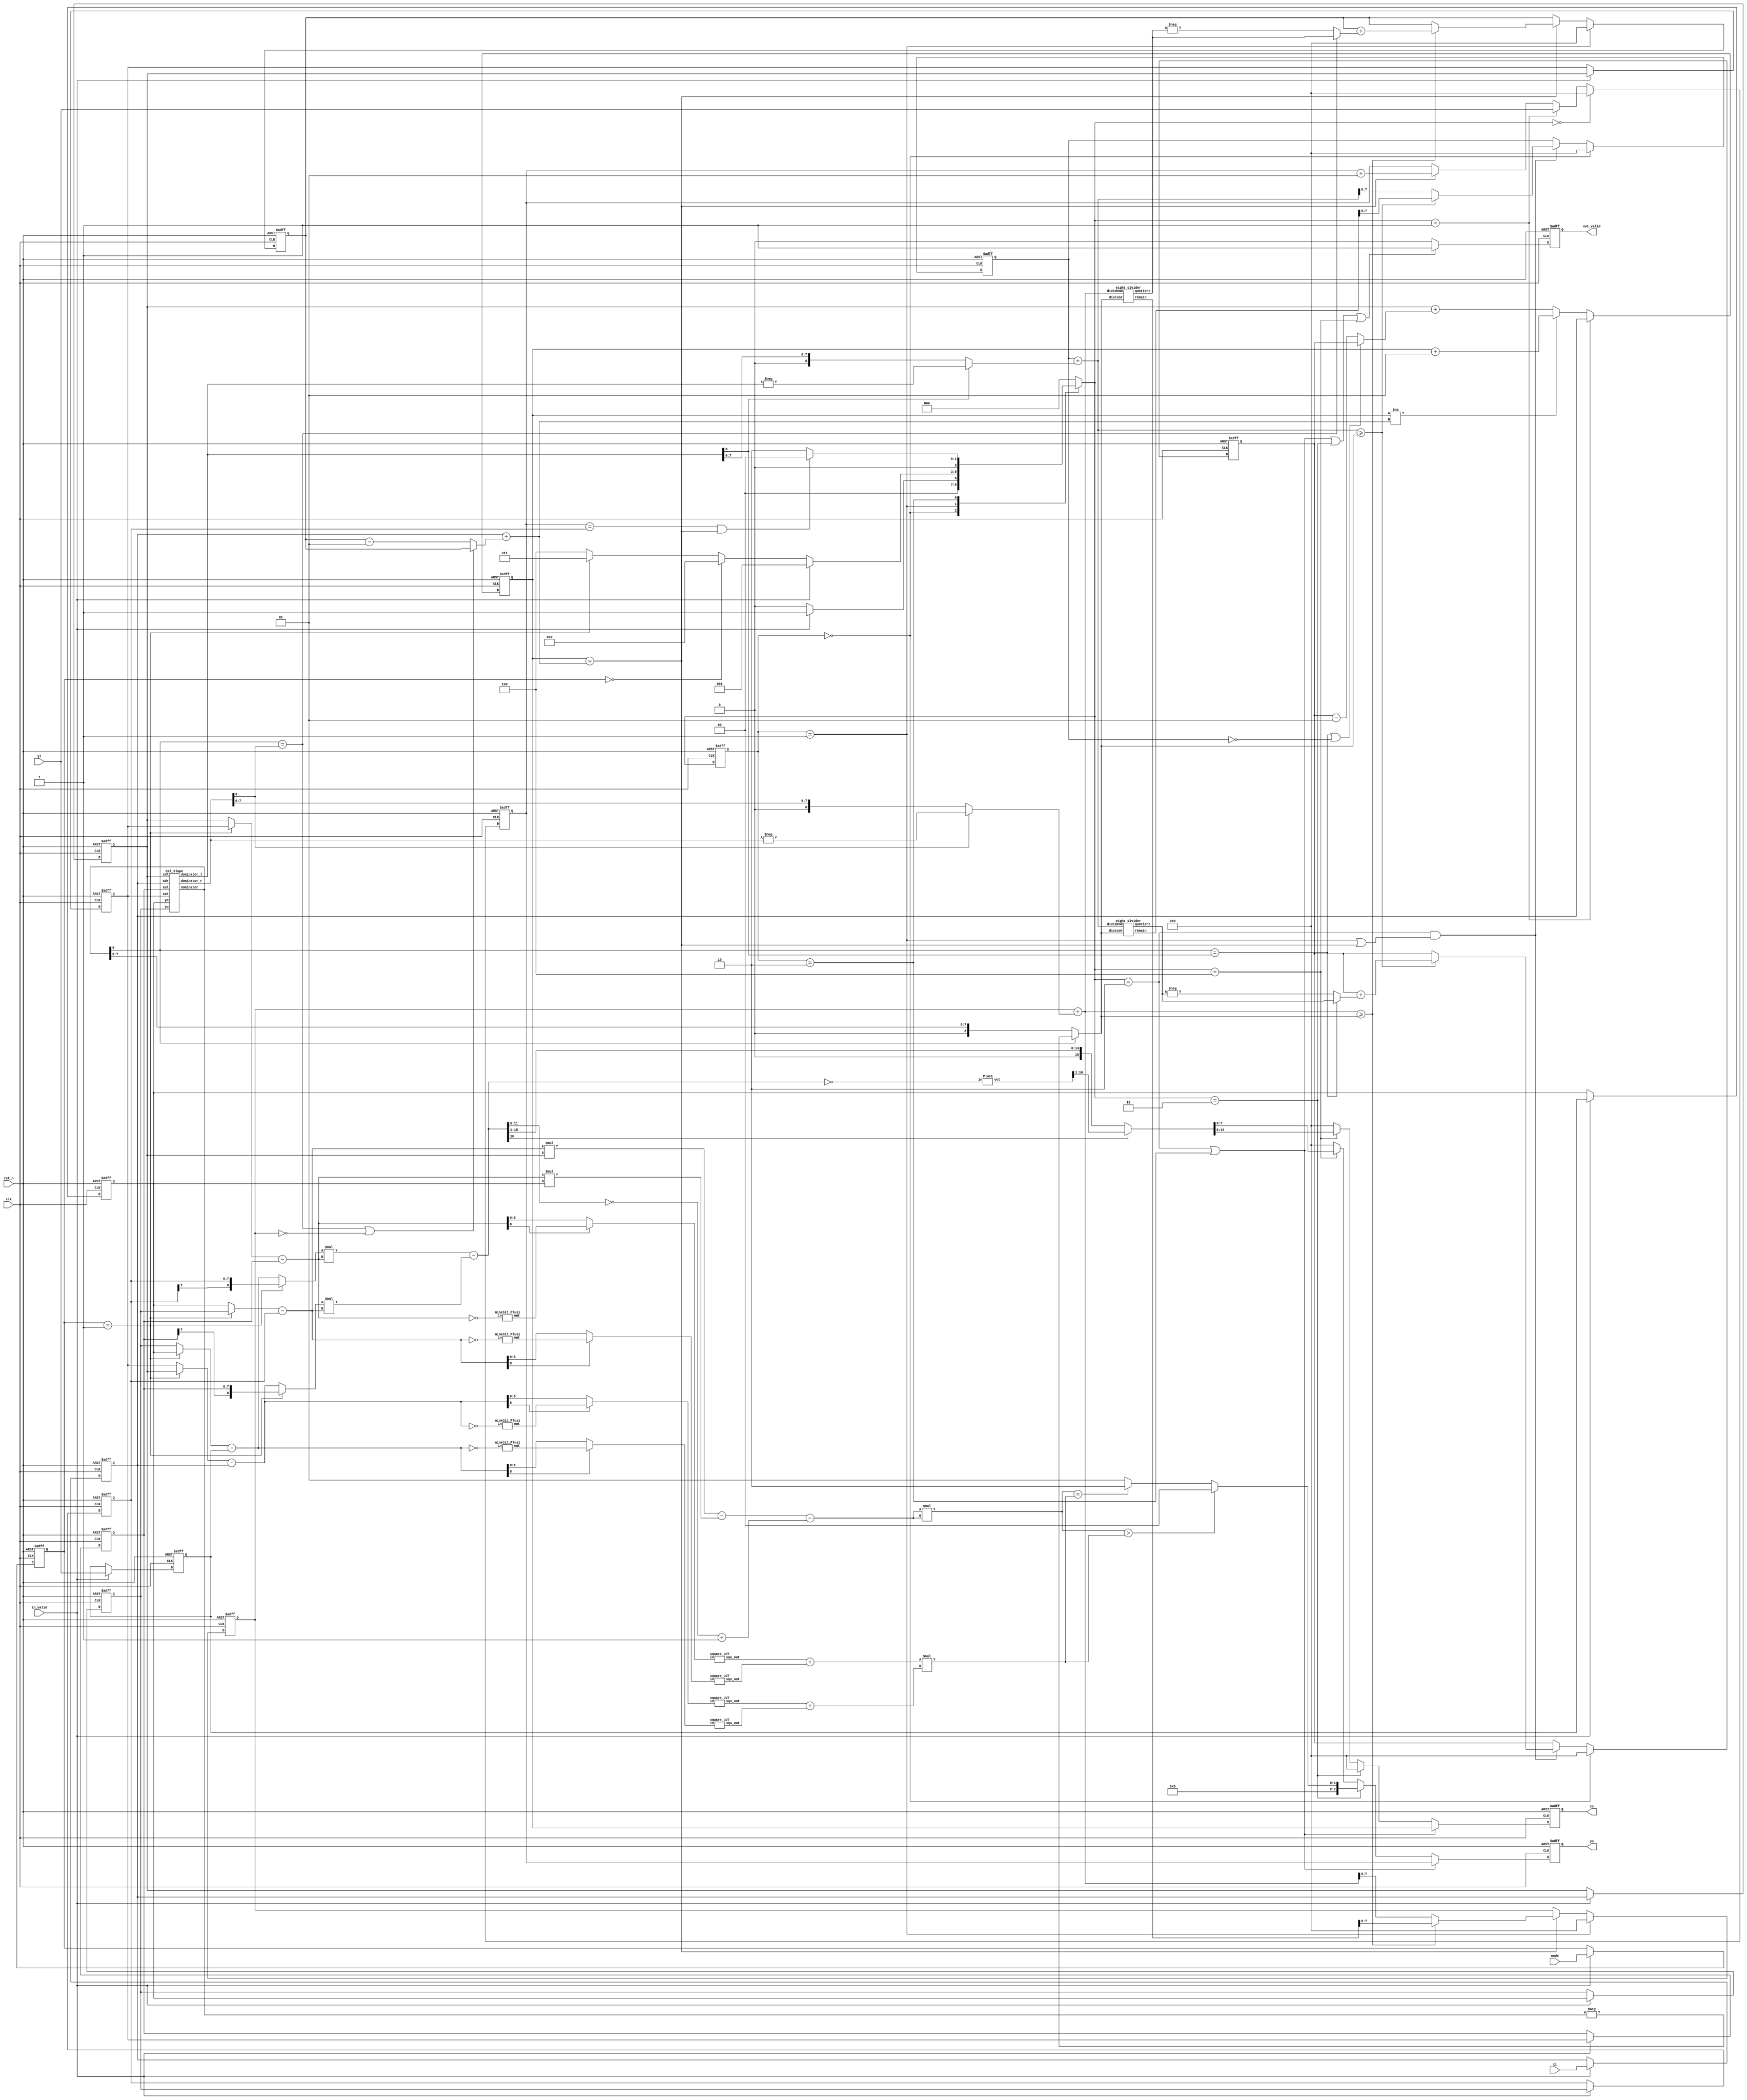
// module CC(
    // //Input Port
    // clk,
    // rst_n,
	// in_valid,
	// mode,
    // xi,
    // yi,

    // //Output Port
    // out_valid,
	// xo,
	// yo
    // );

// input              clk, rst_n, in_valid;
// input       [1:0]   mode;
// input       [7:0]   xi, yi;  

// output reg          out_valid;
// output reg  [7:0]   xo, yo;
// //==============================================//
// //             Parameter and Integer            //
// //==============================================//
// parameter IDLE = 3'd0, INPUT = 3'd1, MODE0 = 3'd2, MODE1 = 3'd3, MODE2 = 3'd4 ;



// //==============================================//
// //            FSM State Declaration             //
// //==============================================//
// reg [2:0] curr_state, next_state ;

// //==============================================//
// //             reg & wire declaration           //
// //==============================================//
// reg signed [7:0] x_input [0:3] ;
// reg signed [7:0] y_input [0:3] ;
// reg [1:0] mode_input ;
// reg signed [8:0] count_row ;
// reg signed [7:0] out_row, out_col ;
 
// wire start_no_remainder, final_no_remainder ;
// wire signed [8:0] nominator, dominator_l, dominator_r ;
// wire signed [8:0] add_start_point1, add_final_point1 ;
// wire signed [8:0] add_start_point, add_final_point ;
// wire signed [7:0] start_point, final_point ;

// //==============================================//
// //             Current State Block              //
// //==============================================//
// always @ (posedge clk or negedge rst_n) begin 
	// if (!rst_n) curr_state <= IDLE ;
	// else curr_state <= next_state ;
// end


// //==============================================//
// //              Next State Block                //
// //==============================================//
// always @ (*) begin 
	// case (curr_state)
		// IDLE : next_state = (in_valid) ? INPUT : IDLE ; 
		
		// INPUT: begin 
			// if (in_valid) next_state = INPUT ;
			// else if (mode_input == 0) next_state = MODE0 ;
			// else if (mode_input == 1) next_state = MODE1 ;
			// else next_state = MODE2 ;
		// end
		// MODE0: begin 
			// if (out_row == y_input[3] && out_col == final_point) next_state = IDLE ;
			// else next_state = MODE0 ;
		// end
		// MODE1: begin
			// next_state = IDLE ;
		// end
		// MODE2 : begin 
			// next_state = IDLE ;
		// end
		// default : next_state = IDLE ;
	// endcase 
// end

// //==============================================//
// //                  Input Block                 //
// //==============================================//

// // x_input[0:3] => xdr, xdl, xur, xul / d1, c1, b1, a1
// // y_input[0:3] => yd, yd, yu, yu     / d2, c2, b2, a2
// always @ (posedge  clk or negedge rst_n) begin 
	// if (!rst_n) begin 
		// x_input[0] <= 0 ;
		// y_input[0] <= 0 ;
		// x_input[1] <= 0 ;
		// y_input[1] <= 0 ;
		// x_input[2] <= 0 ;
		// y_input[2] <= 0 ;
		// x_input[3] <= 0 ;
		// y_input[3] <= 0 ;
		// mode_input <= 0 ;
	// end
	// else if (in_valid) begin 
		// x_input[0] <= xi ;
		// y_input[0] <= yi ;
		// x_input[1] <= x_input[0] ;
		// y_input[1] <= y_input[0] ;
		// x_input[2] <= x_input[1] ;
		// y_input[2] <= y_input[1] ;
		// x_input[3] <= x_input[2] ;
		// y_input[3] <= y_input[2] ;
		// mode_input <= mode ;
	// end
	// else begin 
		// x_input[0] <= x_input[0] ;
		// y_input[0] <= y_input[0] ;
		// x_input[1] <= x_input[1] ;
		// y_input[1] <= y_input[1] ;
		// x_input[2] <= x_input[2] ;
		// y_input[2] <= y_input[2] ;
		// x_input[3] <= x_input[3] ;
		// y_input[3] <= y_input[3] ;
		// mode_input <= mode_input ;
	// end
// end

// //==============================================//
// //              Calculation Block1              //
// //==============================================//
// always @ (posedge clk or negedge rst_n) begin 
	// if (!rst_n) count_row <= 0 ;
	// else if ( next_state == IDLE) count_row <= 0 ;
	// else if (out_col == final_point) count_row <= count_row + 1 ;
	// else count_row <= count_row ;
// end

// always @ (posedge clk or negedge rst_n) begin 
	// if (!rst_n) out_row <= 0 ;
	// else if ( next_state == IDLE) out_row <= 0 ;
	// else if (next_state == INPUT) out_row <= yi ; // initial start row to bottom 
	// else if (out_col == final_point) out_row <= out_row + 1 ;
	// else out_row <= out_row ;
// end

// always @ (posedge clk or negedge rst_n) begin 
	// if (!rst_n) out_col <= 0 ;
	// else if (next_state == INPUT || next_state == IDLE) out_col <= 0 ;
	// else if (curr_state == INPUT) out_col <= x_input[1] ;
	// else if (out_col != final_point) out_col <= out_col + 1 ;
	// else out_col <= start_point ;
// end

// Cal_Slope   c0 (x_input[3], x_input[1], x_input[2], x_input[0], y_input[2], y_input[1], nominator, dominator_r, dominator_l) ;
// row_slope   r0 (nominator, dominator_l, (count_row + 9'd1), add_start_point1, start_no_remainder) ;
// row_slope   r1 (nominator, dominator_r, count_row, add_final_point1, final_no_remainder) ;
// assign add_start_point = (nominator[8] == dominator_l[8] || start_no_remainder) ? add_start_point1 : add_start_point1 - 1 ;
// assign add_final_point = (nominator[8] == dominator_r[8] || final_no_remainder) ? add_final_point1 : add_final_point1 - 1 ;
// assign start_point = x_input[1] + add_start_point ;
// assign final_point = x_input[0] + add_final_point ;


// //==============================================//
// //              Calculation Block2              //
// //==============================================//

// wire signed [8:0] a1_minus, a2_minus ;
// wire signed [7:0] a1_target, a2_target ;
// wire signed [7:0] mux_out1, mux_out2 ;
// wire signed [8:0] b2_minus_d2, b1_minus_d1 ;
// wire signed [8:0] multi_target1, multi_target2 ;
// wire signed [7:0] twos_comple ;
// wire signed [16:0] multi_result1, multi_result2 ;
// wire signed [16:0] add_result ;
// wire signed [15:0] final_result ;
// wire signed [11:0] poly_c ; 
// wire signed [15:0] square_c1_minus_d1, square_c2_minus_d2 ;
// wire signed [15:0] square_a, square_b ;
// wire signed [15:0] dominator ;
// wire signed [30:0] dominator_squ ;
// wire signed [30:0] compare ;

// assign a1_target = (mode_input == 1) ? x_input[2] : x_input[1] ;
// assign a2_target = (mode_input == 1) ? y_input[2] : y_input[1] ;
// assign a1_minus = a1_target - x_input[3] ;
// assign a2_minus = a2_target - y_input[3] ;
// assign mux_out1 = (mode_input == 1) ? y_input[1] : y_input[2] ;
// assign mux_out2 = (mode_input == 1) ? x_input[1] : x_input[2] ;
// assign b2_minus_d2 = mux_out1 - y_input[0] ;
// assign b1_minus_d1 = mux_out2 - x_input[0] ;
// assign multi_target1 = (mode_input == 1) ? y_input[3] : b2_minus_d2 ;
// assign multi_target2 = (mode_input == 1) ? x_input[3] : b1_minus_d1 ;
// assign multi_result1 = multi_target1 * a1_minus ;
// assign multi_result2 = multi_target2 * a2_minus ;
// assign add_result = multi_result1 - multi_result2 ;
// assign final_result = (add_result[16] == 1) ? (~(add_result) + 1) >> 1 : add_result >> 1 ;
// assign poly_c = ~(add_result[11:0]) + 1 ;
// // square_LUT s0 (.in(b2_minus_d2), .squ_out(square_c2_minus_d2)) ;
// // square_LUT s1 (.in(b1_minus_d1), .squ_out(square_c1_minus_d1)) ;
// // square_LUT s2 (.in(a1_minus), .squ_out(square_a)) ;
// // square_LUT s3 (.in(a2_minus), .squ_out(square_b)) ;
// assign square_c2_minus_d2 = b2_minus_d2 * b2_minus_d2 ;
// assign square_c1_minus_d1 = b1_minus_d1 * b1_minus_d1 ;
// assign square_a = a1_minus * a1_minus ;
// assign square_b = a2_minus * a2_minus ;
// assign dominator = (a2_minus * x_input[1]) - (a1_minus * y_input[1]) - poly_c ;
// assign dominator_squ = dominator * dominator ;
// assign compare = (square_a + square_b) * (square_c1_minus_d1 + square_c2_minus_d2) ;


// //==============================================//
// //              Calculation Block3              //
// //==============================================//





// //==============================================//
// //                Output Block                  //
// //==============================================//

// always @ (posedge clk or negedge rst_n) begin 
	// if (!rst_n) out_valid <= 0 ;
	// else if (curr_state == MODE0 || next_state == MODE1 || next_state == MODE2) out_valid <= 1 ;
	// else out_valid <= 0 ;
// end

// always @ (posedge clk or negedge rst_n) begin 
	// if (!rst_n) begin 
		// xo <= 0 ;
		// yo <= 0 ;
	// end
	// else if (curr_state == MODE0) begin 
		// xo <= out_col ;
		// yo <= out_row ;
	// end
	// else if (next_state == MODE1) begin
		// if (dominator_squ > compare) begin 
			// xo <= 0 ;
			// yo <= 0 ;
		// end
		// else if (dominator_squ == compare) begin 
			// xo <= 0 ;
			// yo <= 2 ;
		// end
		// else begin 
			// xo <= 0 ;
			// yo <= 1 ;
		// end
	// end
	// else if (next_state == MODE2) begin 
		// xo <= final_result[15:8] ;
		// yo <= final_result[7:0] ;
	// end
	// else begin 
		// xo <= 0 ;
		// yo <= 0 ;
	// end
// end

// endmodule 


// module Cal_Slope (xul, xdl, xur, xdr, yu, yd, nominator, dominator_r, dominator_l) ;

// input  signed [7:0] xul, xdl, xur, xdr, yu, yd ;
// output signed [8:0] nominator, dominator_l, dominator_r ;

// assign nominator = yd - yu ;
// assign dominator_l =  xdl - xul ;
// assign dominator_r = xdr - xur ;

// endmodule

// module row_slope (nominator, dominator, row_count, add_point, no_remainder) ;

// input  signed [8:0] nominator, dominator ;
// input  signed [8:0] row_count ;
// output signed [8:0] add_point ;
// output no_remainder ;

// wire signed [18:0] temp ;

// assign temp = (dominator * row_count) ;
// assign add_point = temp / nominator ;
// assign no_remainder = (temp % nominator == 0) ? 1 : 0 ; 

// endmodule

// module square_LUT (in, squ_out) ;

// input  signed [7:0] in ;
// output reg [15:0] squ_out ;

// always @ (*) begin 
	// case (in)
		// -8'd1, 8'd1 : squ_out= 1 ;
		// -8'd2, 8'd2 : squ_out = 4 ; 
		// -8'd3, 8'd3 : squ_out= 9 ;
		// -8'd4, 8'd4 : squ_out = 16 ;
		// -8'd5, 8'd5 : squ_out= 25 ;
		// -8'd6, 8'd6 : squ_out = 36 ;
		// -8'd7, 8'd7 : squ_out= 49 ;
		// -8'd8, 8'd8 : squ_out = 64 ;
		// -8'd9, 8'd9 : squ_out= 81 ;
		// -8'd10, 8'd10 : squ_out = 100 ;
		// -8'd11, 8'd11 : squ_out= 121 ;
		// -8'd12, 8'd12 : squ_out = 144 ;
		// -8'd13, 8'd13 : squ_out= 169 ;
		// -8'd14, 8'd14 : squ_out = 196 ;
		// -8'd15, 8'd15 : squ_out= 225 ;
		// -8'd16, 8'd16 : squ_out = 256 ;
		// -8'd17, 8'd17 : squ_out= 289 ;
		// -8'd18, 8'd18 : squ_out = 324 ;
		// -8'd19, 8'd19 : squ_out = 361 ;
		// -8'd20, 8'd20 : squ_out = 400 ;
		// -8'd21, 8'd21 : squ_out= 441 ;
		// -8'd22, 8'd22 : squ_out = 484 ;
		// -8'd23, 8'd23 : squ_out= 529 ;
		// -8'd24, 8'd24 : squ_out = 576 ;
		// -8'd25, 8'd25 : squ_out= 625 ;
		// -8'd26, 8'd26 : squ_out = 676 ;
		// -8'd27, 8'd27 : squ_out= 729 ;
		// -8'd28, 8'd28 : squ_out = 784 ;
		// -8'd29, 8'd29 : squ_out = 841 ;
		// -8'd30, 8'd30 : squ_out = 900 ;
		// -8'd31, 8'd31 : squ_out= 961 ;
		// -8'd32, 8'd32 : squ_out = 1024 ;
		// -8'd33, 8'd33 : squ_out= 1089 ;
		// -8'd34, 8'd34 : squ_out = 1156 ;
		// -8'd35, 8'd35 : squ_out= 1225 ;
		// -8'd36, 8'd36 : squ_out = 1296 ;
		// -8'd37, 8'd37 : squ_out= 1369 ;
		// -8'd38, 8'd38 : squ_out = 1444 ;
		// -8'd39, 8'd39 : squ_out = 1521 ;
		// -8'd40, 8'd40 : squ_out = 1600 ;
		// -8'd41, 8'd41 : squ_out= 1681 ;
		// -8'd42, 8'd42 : squ_out = 1764 ;
		// -8'd43, 8'd43 : squ_out= 1849 ;
		// -8'd44, 8'd44 : squ_out = 1936 ;
		// -8'd45, 8'd45 : squ_out= 2025 ;
		// -8'd46, 8'd46 : squ_out = 2116 ;
		// -8'd47, 8'd47 : squ_out= 2209 ;
		// -8'd48, 8'd48 : squ_out = 2304 ;
		// -8'd49, 8'd49 : squ_out = 2401 ;
		// default : squ_out = 0 ;
	// endcase
// end



// endmodule
















module CC(
    //Input Port
    clk,
    rst_n,
	in_valid,
	mode,
    xi,
    yi,

    //Output Port
    out_valid,
	xo,
	yo
    );

input              clk, rst_n, in_valid;
input       [1:0]   mode;
input       [7:0]   xi, yi;  

output reg          out_valid;
output reg  [7:0]   xo, yo;
//==============================================//
//             Parameter and Integer            //
//==============================================//
parameter IDLE = 3'd0, INPUT = 3'd1, MODE0 = 3'd2, MODE1 = 3'd3, MODE2 = 3'd4 ;



//==============================================//
//            FSM State Declaration             //
//==============================================//
reg [2:0] curr_state, next_state ;

//==============================================//
//             reg & wire declaration           //
//==============================================//
reg [1:0] mode_input ;
reg signed [7:0] x_input [0:3] ;
reg signed [7:0] y_input [0:3] ;
reg signed [7:0] start_count_row, final_count_row ;
reg signed [7:0] out_row, out_col ;

wire start_no_remainder, final_no_remainder ;
wire [8:0] pos_nominator, pos_dominator_l, pos_dominator_r ;
wire signed [8:0] nominator, dominator_l, dominator_r ;
reg  signed [7:0] add_start_point1, add_final_point1 ;
wire signed [7:0] temp_add_start_point, temp_add_final_point ;
wire signed [7:0] add_start_point, add_final_point ;
wire signed [7:0] start_point, final_point ;
wire signed [8:0] temp_ans1, temp_ans2 ;
wire signed [7:0] temp_ans3, temp_ans4 ;
wire signed [8:0] update_value_l, update_value_r ;
wire signed [8:0] remain_l, remain_r ;

//==============================================//
//             Current State Block              //
//==============================================//
always @ (posedge clk or negedge rst_n) begin 
	if (!rst_n) curr_state <= IDLE ;
	else curr_state <= next_state ;
end


//==============================================//
//              Next State Block                //
//==============================================//
always @ (*) begin 
	case (curr_state)
		IDLE : next_state = (in_valid) ? INPUT : IDLE ; 
		
		INPUT: begin 
			if (in_valid) next_state = INPUT ;
			else if (mode_input == 0) next_state = MODE0 ;
			else if (mode_input == 1) next_state = MODE1 ;
			else next_state = MODE2 ;
		end
		MODE0: begin 
			if (out_row == y_input[3] && out_col == final_point) next_state = IDLE ;
			else next_state = MODE0 ;
		end
		MODE1: begin
			next_state = IDLE ;
		end
		MODE2 : begin 
			next_state = IDLE ;
		end
		default : next_state = IDLE ;
	endcase 
end

//==============================================//
//                  Input Block                 //
//==============================================//

// x_input[0:3] => xdr, xdl, xur, xul / d1, c1, b1, a1
// y_input[0:3] => yd, yd, yu, yu     / d2, c2, b2, a2
always @ (posedge  clk or negedge rst_n) begin 
	if (!rst_n) begin 
		x_input[0] <= 0 ;
		y_input[0] <= 0 ;
		x_input[1] <= 0 ;
		y_input[1] <= 0 ;
		x_input[2] <= 0 ;
		y_input[2] <= 0 ;
		x_input[3] <= 0 ;
		y_input[3] <= 0 ;
		mode_input <= 0 ;
	end
	else if (in_valid) begin 
		x_input[0] <= xi ;
		y_input[0] <= yi ;
		x_input[1] <= x_input[0] ;
		y_input[1] <= y_input[0] ;
		x_input[2] <= x_input[1] ;
		y_input[2] <= y_input[1] ;
		x_input[3] <= x_input[2] ;
		y_input[3] <= y_input[2] ;
		mode_input <= mode ;
	end
	else begin 
		x_input[0] <= x_input[0] ;
		y_input[0] <= y_input[0] ;
		x_input[1] <= x_input[1] ;
		y_input[1] <= y_input[1] ;
		x_input[2] <= x_input[2] ;
		y_input[2] <= y_input[2] ;
		x_input[3] <= x_input[3] ;
		y_input[3] <= y_input[3] ;
		mode_input <= mode_input ;
	end
end

//==============================================//
//              Calculation Block1              //
//==============================================//
always @ (posedge clk or negedge rst_n) begin 
	if (!rst_n) start_count_row <= 0 ;
	else if (curr_state == IDLE) begin 
		start_count_row <= 0 ;
	end
	else if ((next_state == MODE0 && (curr_state == INPUT || out_col == final_point))) begin 
		if ((start_count_row + pos_dominator_l) >= pos_nominator) start_count_row <= remain_l ;
		else start_count_row <= start_count_row + pos_dominator_l ;
	end
	else begin 
		start_count_row <= start_count_row ;
	end
end

always @ (posedge clk or negedge rst_n) begin 
	if (!rst_n) final_count_row <= 0 ;
	else if (curr_state == INPUT) final_count_row <= 0 ;
	else if (out_col == final_point) begin 
		if ((final_count_row + pos_dominator_r) >= pos_nominator ) final_count_row <= remain_r ;
		else final_count_row <= final_count_row + pos_dominator_r ;
	end
	else begin 
		final_count_row <= final_count_row ;
	end
end

always @ (posedge clk or negedge rst_n) begin
	if (!rst_n) add_start_point1 <= 0 ;
	else if (curr_state == IDLE) begin 
		add_start_point1 <= 0 ;
	end
	else if ((next_state == MODE0 && (curr_state == INPUT || out_col == final_point))) begin 
		if ((start_count_row + pos_dominator_l) >= pos_nominator) begin 
			add_start_point1 <= add_start_point1 + update_value_l ;
		end
		else add_start_point1 <= add_start_point1 ;
	end
	else add_start_point1 <= add_start_point1 ; 
end

always @ (posedge clk or negedge rst_n) begin 
	if (!rst_n) add_final_point1 <= 0 ;
	else if (curr_state == INPUT) add_final_point1 <= 0 ; 
	else if (out_col == final_point) begin 
		if ((final_count_row + pos_dominator_r) >= pos_nominator ) begin 
			add_final_point1 <= add_final_point1 + update_value_r ;
		end
		else add_final_point1 <= add_final_point1 ;
	end
	else add_final_point1 <= add_final_point1 ;
end


always @ (posedge clk or negedge rst_n) begin 
	if (!rst_n) out_row <= 0 ;
	else if ( next_state == IDLE) out_row <= 0 ;
	else if (next_state == INPUT) out_row <= yi ; // initial start row to bottom 
	else if (out_col == final_point) out_row <= out_row + 1 ;
	else out_row <= out_row ;
end

always @ (posedge clk or negedge rst_n) begin 
	if (!rst_n) out_col <= 0 ;
	else if (next_state == INPUT) out_col <= x_input[0] ;
	else if (out_col != final_point) out_col <= out_col + 1 ;
	else out_col <= start_point ;
end

Cal_Slope   c0 (x_input[3], x_input[1], x_input[2], x_input[0], y_input[2], y_input[1], nominator, dominator_r, dominator_l) ;
assign pos_nominator = (nominator[8] == 1) ? -nominator : nominator ;
assign pos_dominator_l = (dominator_l[8] == 1) ? -dominator_l : dominator_l ;
assign pos_dominator_r = (dominator_r[8] == 1) ? -dominator_r : dominator_r ;
assign temp_ans1  = (start_count_row + pos_dominator_l) ;
assign temp_ans2  = (final_count_row + pos_dominator_r) ;
eight_divider e0 (.dividend(temp_ans1), .divisor(pos_nominator), .quotient(temp_ans3), .remain(remain_l)) ;
eight_divider e1 (.dividend(temp_ans2), .divisor(pos_nominator), .quotient(temp_ans4), .remain(remain_r)) ;
// assign temp_ans3 = temp_ans1 / pos_nominator ;
// assign temp_ans4 = temp_ans2 / pos_nominator ;
assign update_value_l  = (nominator[8] == dominator_l[8]) ? temp_ans3 : -temp_ans3 ;
assign update_value_r  = (nominator[8] == dominator_r[8]) ? temp_ans4 : -temp_ans4 ;

assign add_start_point = (nominator[8] == dominator_l[8] | start_count_row == 0) ? add_start_point1 : add_start_point1 - 1 ;
assign add_final_point = (nominator[8] == dominator_r[8] | final_count_row == 0) ? add_final_point1 : add_final_point1 - 1 ;
assign start_point = x_input[1] + add_start_point ;
assign final_point = x_input[0] + add_final_point ;


//==============================================//
//         Calculation Block2 & Block3          //
//==============================================//

wire signed [8:0] a1_minus, a2_minus ;
wire signed [7:0] a1_target, a2_target ;
wire signed [7:0] mux_out1, mux_out2 ;
wire signed [8:0] b2_minus_d2, b1_minus_d1 ;
wire signed [8:0] multi_target1, multi_target2 ;
wire signed [16:0] multi_result1, multi_result2 ;
wire signed [16:0] add_result ;
wire signed [16:0] final_result ;
wire signed [11:0] poly_c ; 
wire signed [12:0] square_c1_minus_d1, square_c2_minus_d2 ;
wire signed [12:0] square_a, square_b ;
wire signed [12:0] dominator ;
wire signed [24:0] dominator_squ ;
wire signed [24:0] compare ;
wire signed [16:0] temp_add ;
wire [5:0] temp_add1, temp_add2, temp_add3, temp_add4 ;

wire [5:0] pos_b2_minus_d2, pos_b1_minus_d1 ;
wire [5:0] pos_a1_minus, pos_a2_minus ;


assign a1_target = (mode_input == 1) ? x_input[2] : x_input[1] ;
assign a2_target = (mode_input == 1) ? y_input[2] : y_input[1] ;
assign a1_minus = a1_target - x_input[3] ;
assign a2_minus = a2_target - y_input[3] ;
assign mux_out1 = (mode_input == 1) ? y_input[1] : y_input[2] ;
assign mux_out2 = (mode_input == 1) ? x_input[1] : x_input[2] ;
assign b2_minus_d2 = mux_out1 - y_input[0] ;
assign b1_minus_d1 = mux_out2 - x_input[0] ;
assign multi_target1 = (mode_input == 1) ? y_input[3] : b2_minus_d2 ;
assign multi_target2 = (mode_input == 1) ? x_input[3] : b1_minus_d1 ;
assign multi_result1 = multi_target1 * a1_minus ;
assign multi_result2 = multi_target2 * a2_minus ;
assign add_result = multi_result1 - multi_result2 ;
Plus1 p0 (.in(~(add_result)), .out(temp_add)) ;
assign final_result = (add_result[16] == 1) ? temp_add[16:1] : add_result >> 1 ;
assign poly_c = ~(add_result[11:0]) + 1 ;

ninebit_Plus1 n0 (.in(~(a1_minus)), .out(temp_add1)) ;
ninebit_Plus1 n1 (.in(~(a2_minus)), .out(temp_add2)) ;
ninebit_Plus1 n2 (.in(~(b1_minus_d1)), .out(temp_add3)) ;
ninebit_Plus1 n3 (.in(~(b2_minus_d2)), .out(temp_add4)) ;
assign pos_a1_minus = (a1_minus[8] == 1) ? temp_add1 : a1_minus ;
assign pos_a2_minus = (a2_minus[8] == 1) ? temp_add2 : a2_minus ;
assign pos_b1_minus_d1 = (b1_minus_d1[8] == 1) ? temp_add3 : b1_minus_d1 ;
assign pos_b2_minus_d2 = (b2_minus_d2[8] == 1) ? temp_add4 : b2_minus_d2 ;
square_LUT s0 (.in(pos_b2_minus_d2), .squ_out(square_c2_minus_d2)) ;
square_LUT s1 (.in(pos_b1_minus_d1), .squ_out(square_c1_minus_d1)) ;
square_LUT s2 (.in(pos_a1_minus), .squ_out(square_a)) ;
square_LUT s3 (.in(pos_a2_minus), .squ_out(square_b)) ;
// assign square_c2_minus_d2 = pos_b2_minus_d2 * pos_b2_minus_d2 ;
// assign square_c1_minus_d1 = pos_b1_minus_d1 * pos_b1_minus_d1 ;
// assign square_a = pos_a1_minus * pos_a1_minus ;
// assign square_b = pos_a2_minus * pos_a2_minus ;
assign dominator = (a2_minus * x_input[1]) - (a1_minus * y_input[1]) - poly_c ;
assign dominator_squ = dominator * dominator ;
assign compare = (square_a + square_b) * (square_c1_minus_d1 + square_c2_minus_d2) ;

//==============================================//
//                Output Block                  //
//==============================================//

always @ (posedge clk or negedge rst_n) begin 
	if (!rst_n) out_valid <= 0 ;
	else if (next_state == MODE0 || curr_state == MODE0 || next_state == MODE1 || next_state == MODE2) out_valid <= 1 ;
	else out_valid <= 0 ;
end

always @ (posedge clk or negedge rst_n) begin 
	if (!rst_n) begin 
		xo <= 0 ;
		yo <= 0 ;
	end
	else if (next_state == MODE0 || curr_state == MODE0) begin 
		xo <= out_col ;
		yo <= out_row ;
	end
	else if (next_state == MODE1) begin
		if (dominator_squ > compare) begin 
			xo <= 0 ;
			yo <= 0 ;
		end
		else if (dominator_squ == compare) begin 
			xo <= 0 ;
			yo <= 2 ;
		end
		else begin 
			xo <= 0 ;
			yo <= 1 ;
		end
	end
	else if (next_state == MODE2) begin 
		xo <= final_result[15:8] ;
		yo <= final_result[7:0] ;
	end
	else begin 
		xo <= 0 ;
		yo <= 0 ;
	end
end

endmodule 


module Cal_Slope (xul, xdl, xur, xdr, yu, yd, nominator, dominator_r, dominator_l) ;

input  signed [7:0] xul, xdl, xur, xdr, yu, yd ;
output signed [8:0] nominator, dominator_l, dominator_r ;

assign nominator = yd - yu ;
assign dominator_l =  xdl - xul ;
assign dominator_r = xdr - xur ;

endmodule

module square_LUT (in, squ_out) ;

input  signed [5:0] in ;
output reg signed [12:0] squ_out ;

always @ (*) begin 
	case (in)
		6'd1 : squ_out= 1 ;
		6'd2 : squ_out = 4 ; 
		6'd3 : squ_out= 9 ;
		6'd4 : squ_out = 16 ;
		6'd5 : squ_out= 25 ;
		6'd6 : squ_out = 36 ;
		6'd7 : squ_out= 49 ;
		6'd8 : squ_out = 64 ;
		6'd9 : squ_out= 81 ;
		6'd10 : squ_out = 100 ;
		6'd11 : squ_out= 121 ;
		6'd12 : squ_out = 144 ;
		6'd13 : squ_out= 169 ;
		6'd14 : squ_out = 196 ;
		6'd15 : squ_out= 225 ;
		6'd16 : squ_out = 256 ;
		6'd17 : squ_out= 289 ;
		6'd18 : squ_out = 324 ;
		6'd19 : squ_out = 361 ;
		6'd20 : squ_out = 400 ;
		6'd21 : squ_out= 441 ;
		6'd22 : squ_out = 484 ;
		6'd23 : squ_out= 529 ;
		6'd24 : squ_out = 576 ;
		6'd25 : squ_out= 625 ;
		6'd26 : squ_out = 676 ;
		6'd27 : squ_out= 729 ;
		6'd28 : squ_out = 784 ;
		6'd29 : squ_out = 841 ;
		6'd30 : squ_out = 900 ;
		6'd31 : squ_out= 961 ;
		6'd32 : squ_out = 1024 ;
		6'd33 : squ_out= 1089 ;
		6'd34 : squ_out = 1156 ;
		6'd35 : squ_out= 1225 ;
		6'd36 : squ_out = 1296 ;
		6'd37 : squ_out= 1369 ;
		6'd38 : squ_out = 1444 ;
		6'd39 : squ_out = 1521 ;
		6'd40 : squ_out = 1600 ;
		6'd41 : squ_out= 1681 ;
		6'd42 : squ_out = 1764 ;
		6'd43 : squ_out= 1849 ;
		6'd44 : squ_out = 1936 ;
		6'd45 : squ_out= 2025 ;
		6'd46 : squ_out = 2116 ;
		6'd47 : squ_out= 2209 ;
		6'd48 : squ_out = 2304 ;
		6'd49 : squ_out = 2401 ;
		6'd50 : squ_out = 2500 ;
		6'd51 : squ_out= 2601 ;
		6'd52 : squ_out = 2704 ;
		6'd53 : squ_out= 2809 ;
		6'd54 : squ_out = 2916 ;
		6'd55 : squ_out= 3025 ;
		6'd56 : squ_out = 3136 ;
		6'd57 : squ_out= 3249 ;
		6'd58 : squ_out = 3364 ;
		6'd59 : squ_out = 3481 ;
		6'd60 : squ_out = 3600 ;
		6'd61 : squ_out= 3721 ;
		6'd62 : squ_out = 3844 ;
		6'd63 : squ_out= 3969 ;
		default : squ_out = 0 ;
	endcase
end
endmodule

module ninebit_Plus1 (in, out) ;

input [8:0] in ;
output [5:0] out ;

wire [5:0] cin ;

FA f0 (.in1(in[0]), .in2(1'b1), .cin(1'b0), .sum(out[0]), .cout(cin[0])) ;
FA f1 (.in1(in[1]), .in2(1'b0), .cin(cin[0]), .sum(out[1]), .cout(cin[1])) ;
FA f2 (.in1(in[2]), .in2(1'b0), .cin(cin[1]), .sum(out[2]), .cout(cin[2])) ;
FA f3 (.in1(in[3]), .in2(1'b0), .cin(cin[2]), .sum(out[3]), .cout(cin[3])) ;
FA f4 (.in1(in[4]), .in2(1'b0), .cin(cin[3]), .sum(out[4]), .cout(cin[4])) ;
FA f5 (.in1(in[5]), .in2(1'b0), .cin(cin[4]), .sum(out[5]), .cout(cin[5])) ;
endmodule


module eight_divider (dividend, divisor, quotient, remain) ;

input  [8:0]  dividend ;
input  [8:0]  divisor ;
output [7:0]  quotient ;
output [8:0]  remain ;

wire [8:0] remain0, remain1, remain2, remain3, remain4, remain5, remain6, remain7 ;

assign quotient[7] = (divisor > dividend[8:7]) ? 0 : 1 ;
assign remain0 = (quotient[7] == 1) ? dividend[8:7] - divisor : dividend[8:7] ;
assign quotient[6] = (divisor > {remain0, dividend[6]}) ? 0 : 1 ;
assign remain1 = (quotient[6] == 1) ? {remain0, dividend[6]} - divisor : {remain0, dividend[6]} ;
assign quotient[5] = (divisor > {remain1, dividend[5]}) ? 0 : 1 ;
assign remain2 = (quotient[5] == 1) ? {remain1, dividend[5]} - divisor : {remain1, dividend[5]} ;
assign quotient[4] = (divisor > {remain2, dividend[4]}) ? 0 : 1 ;
assign remain3 = (quotient[4] == 1) ? {remain2, dividend[4]} - divisor : {remain2, dividend[4]} ;
assign quotient[3] = (divisor > {remain3, dividend[3]}) ? 0 : 1 ;
assign remain4 = (quotient[3] == 1) ? {remain3, dividend[3]} - divisor : {remain3, dividend[3]} ;
assign quotient[2] = (divisor > {remain4, dividend[2]}) ? 0 : 1 ;
assign remain5 = (quotient[2] == 1) ? {remain4, dividend[2]} - divisor : {remain4, dividend[2]} ;
assign quotient[1] = (divisor > {remain5, dividend[1]}) ? 0 : 1 ;
assign remain6 = (quotient[1] == 1) ? {remain5, dividend[1]} - divisor : {remain5, dividend[1]} ;
assign quotient[0] = (divisor > {remain6, dividend[0]}) ? 0 : 1 ;
assign remain = (quotient[0] == 1) ? {remain6, dividend[0]} - divisor : {remain6, dividend[0]} ;

endmodule

module Plus1 (in, out) ;

input [16:0] in ;
output [16:0] out ;

wire [16:0] cin ;

FA f0 (.in1(in[0]), .in2(1'b1), .cin(1'b0), .sum(out[0]), .cout(cin[0])) ;
FA f1 (.in1(in[1]), .in2(1'b0), .cin(cin[0]), .sum(out[1]), .cout(cin[1])) ;
FA f2 (.in1(in[2]), .in2(1'b0), .cin(cin[1]), .sum(out[2]), .cout(cin[2])) ;
FA f3 (.in1(in[3]), .in2(1'b0), .cin(cin[2]), .sum(out[3]), .cout(cin[3])) ;
FA f4 (.in1(in[4]), .in2(1'b0), .cin(cin[3]), .sum(out[4]), .cout(cin[4])) ;
FA f5 (.in1(in[5]), .in2(1'b0), .cin(cin[4]), .sum(out[5]), .cout(cin[5])) ;
FA f6 (.in1(in[6]), .in2(1'b0), .cin(cin[5]), .sum(out[6]), .cout(cin[6])) ;
FA f7 (.in1(in[7]), .in2(1'b0), .cin(cin[6]), .sum(out[7]), .cout(cin[7])) ;
FA f8 (.in1(in[8]), .in2(1'b0), .cin(cin[7]), .sum(out[8]), .cout(cin[8])) ;
FA f9 (.in1(in[9]), .in2(1'b0), .cin(cin[8]), .sum(out[9]), .cout(cin[9])) ;
FA f10 (.in1(in[10]), .in2(1'b0), .cin(cin[9]), .sum(out[10]), .cout(cin[10])) ;
FA f11 (.in1(in[11]), .in2(1'b0), .cin(cin[10]), .sum(out[11]), .cout(cin[11])) ;
FA f12 (.in1(in[12]), .in2(1'b0), .cin(cin[11]), .sum(out[12]), .cout(cin[12])) ;
FA f13 (.in1(in[13]), .in2(1'b0), .cin(cin[12]), .sum(out[13]), .cout(cin[13])) ;
FA f14 (.in1(in[14]), .in2(1'b0), .cin(cin[13]), .sum(out[14]), .cout(cin[14])) ;
FA f15 (.in1(in[15]), .in2(1'b0), .cin(cin[14]), .sum(out[15]), .cout(out[16])) ;

endmodule

module eight_bit_sub (ina, inb, out) ;

input  [7:0] ina, inb ;
output [7:0] out ;



endmodule

module FA (in1, in2, cin, sum, cout) ;

input in1, in2, cin ;
output sum, cout ;

assign sum = in1 ^ in2 ^ cin ;
assign cout = (in1 & in2) | (in1 & cin) | (in2 & cin) ;

endmodule

module FS (in1, in2, bin, diff, bout) ;

input  in1, in2, bin ;
output diff, bout ;

assign diff = in1 ^ in2 ^ bin ;
assign bout = (~in1 & bin) | (~in1 & in2) | (in2 & bin) ;

endmodule